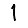
Digit: 1